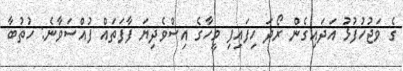
ގެ ވަޖުހުފުޅު އަދައިގެން ރޯދަ ހިފައިފި މީހާގެ އިސްވެދިޔަ ފާފަަތައް ފުއްސަވާނެ: ހުތުބާ